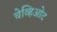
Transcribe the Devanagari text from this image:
चेव्हिओट